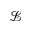
\mathcal { L }